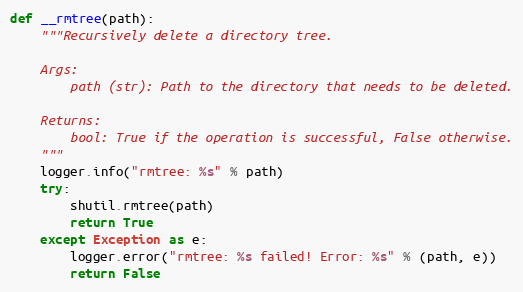
Language: Python
def __rmtree(path):
    """Recursively delete a directory tree.

    Args:
        path (str): Path to the directory that needs to be deleted.

    Returns:
        bool: True if the operation is successful, False otherwise.
    """
    logger.info("rmtree: %s" % path)
    try:
        shutil.rmtree(path)
        return True
    except Exception as e:
        logger.error("rmtree: %s failed! Error: %s" % (path, e))
        return False